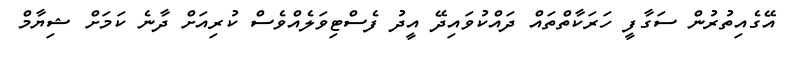
އޭގެއިތުރުން ސަގާފީ ހަރަކާތްތައް ދައްކުވައިދޭ އީދު ފެސްޓިވަލެއްވެސް ކުރިއަށް ދާނެ ކަމަށް ޝިޔާމް